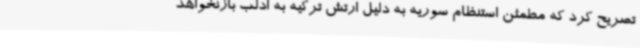
تصریح کرد که مطمئن استنظام سوریه به دلیل ارتش ترکیه به ادلب بازنخواهد